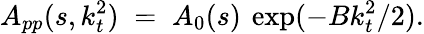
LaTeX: A_{pp}(s,k_{t}^{2})\; =\; A_{0}(s)\: \exp(-Bk_{t}^{2}/2).